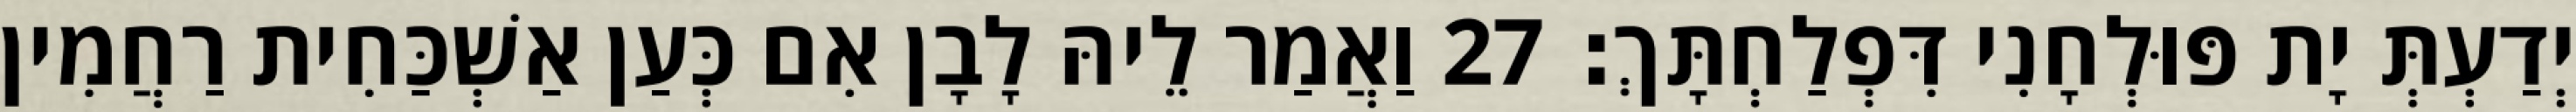
יְדַעְתְּ יָת פּוּלְחָנִי דִּפְלַחְתָּךְ׃ 27 וַאֲמַר לֵיהּ לָבָן אִם כְּעַן אַשְׁכַּחִית רַחֲמִין